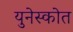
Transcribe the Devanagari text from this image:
युनेस्कोत